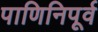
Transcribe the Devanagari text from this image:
पाणिनिपूर्व